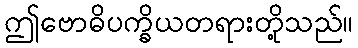
ဤဗောဓိပက္ခိယတရားတို့သည်။